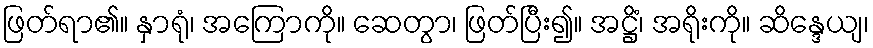
ဖြတ်ရာ၏။ နှာရုံ၊ အကြောကို။ ဆေတွာ၊ ဖြတ်ပြီး၍။ အဋ္ဌိံ၊ အရိုးကို။ ဆိန္ဒေယျ၊